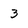
Character: 3